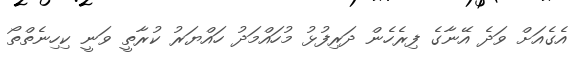
އެގެއަށް ވަދެ އޭނާގެ ފިރެހެން ދަރިފުޅު މުހައްމަދު ހައްޔަރު ކުރާތީ ވަނީ ކިހިނެތްތޯ